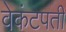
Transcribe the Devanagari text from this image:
वेकंटपती